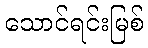
သောင်ရင်းမြစ်